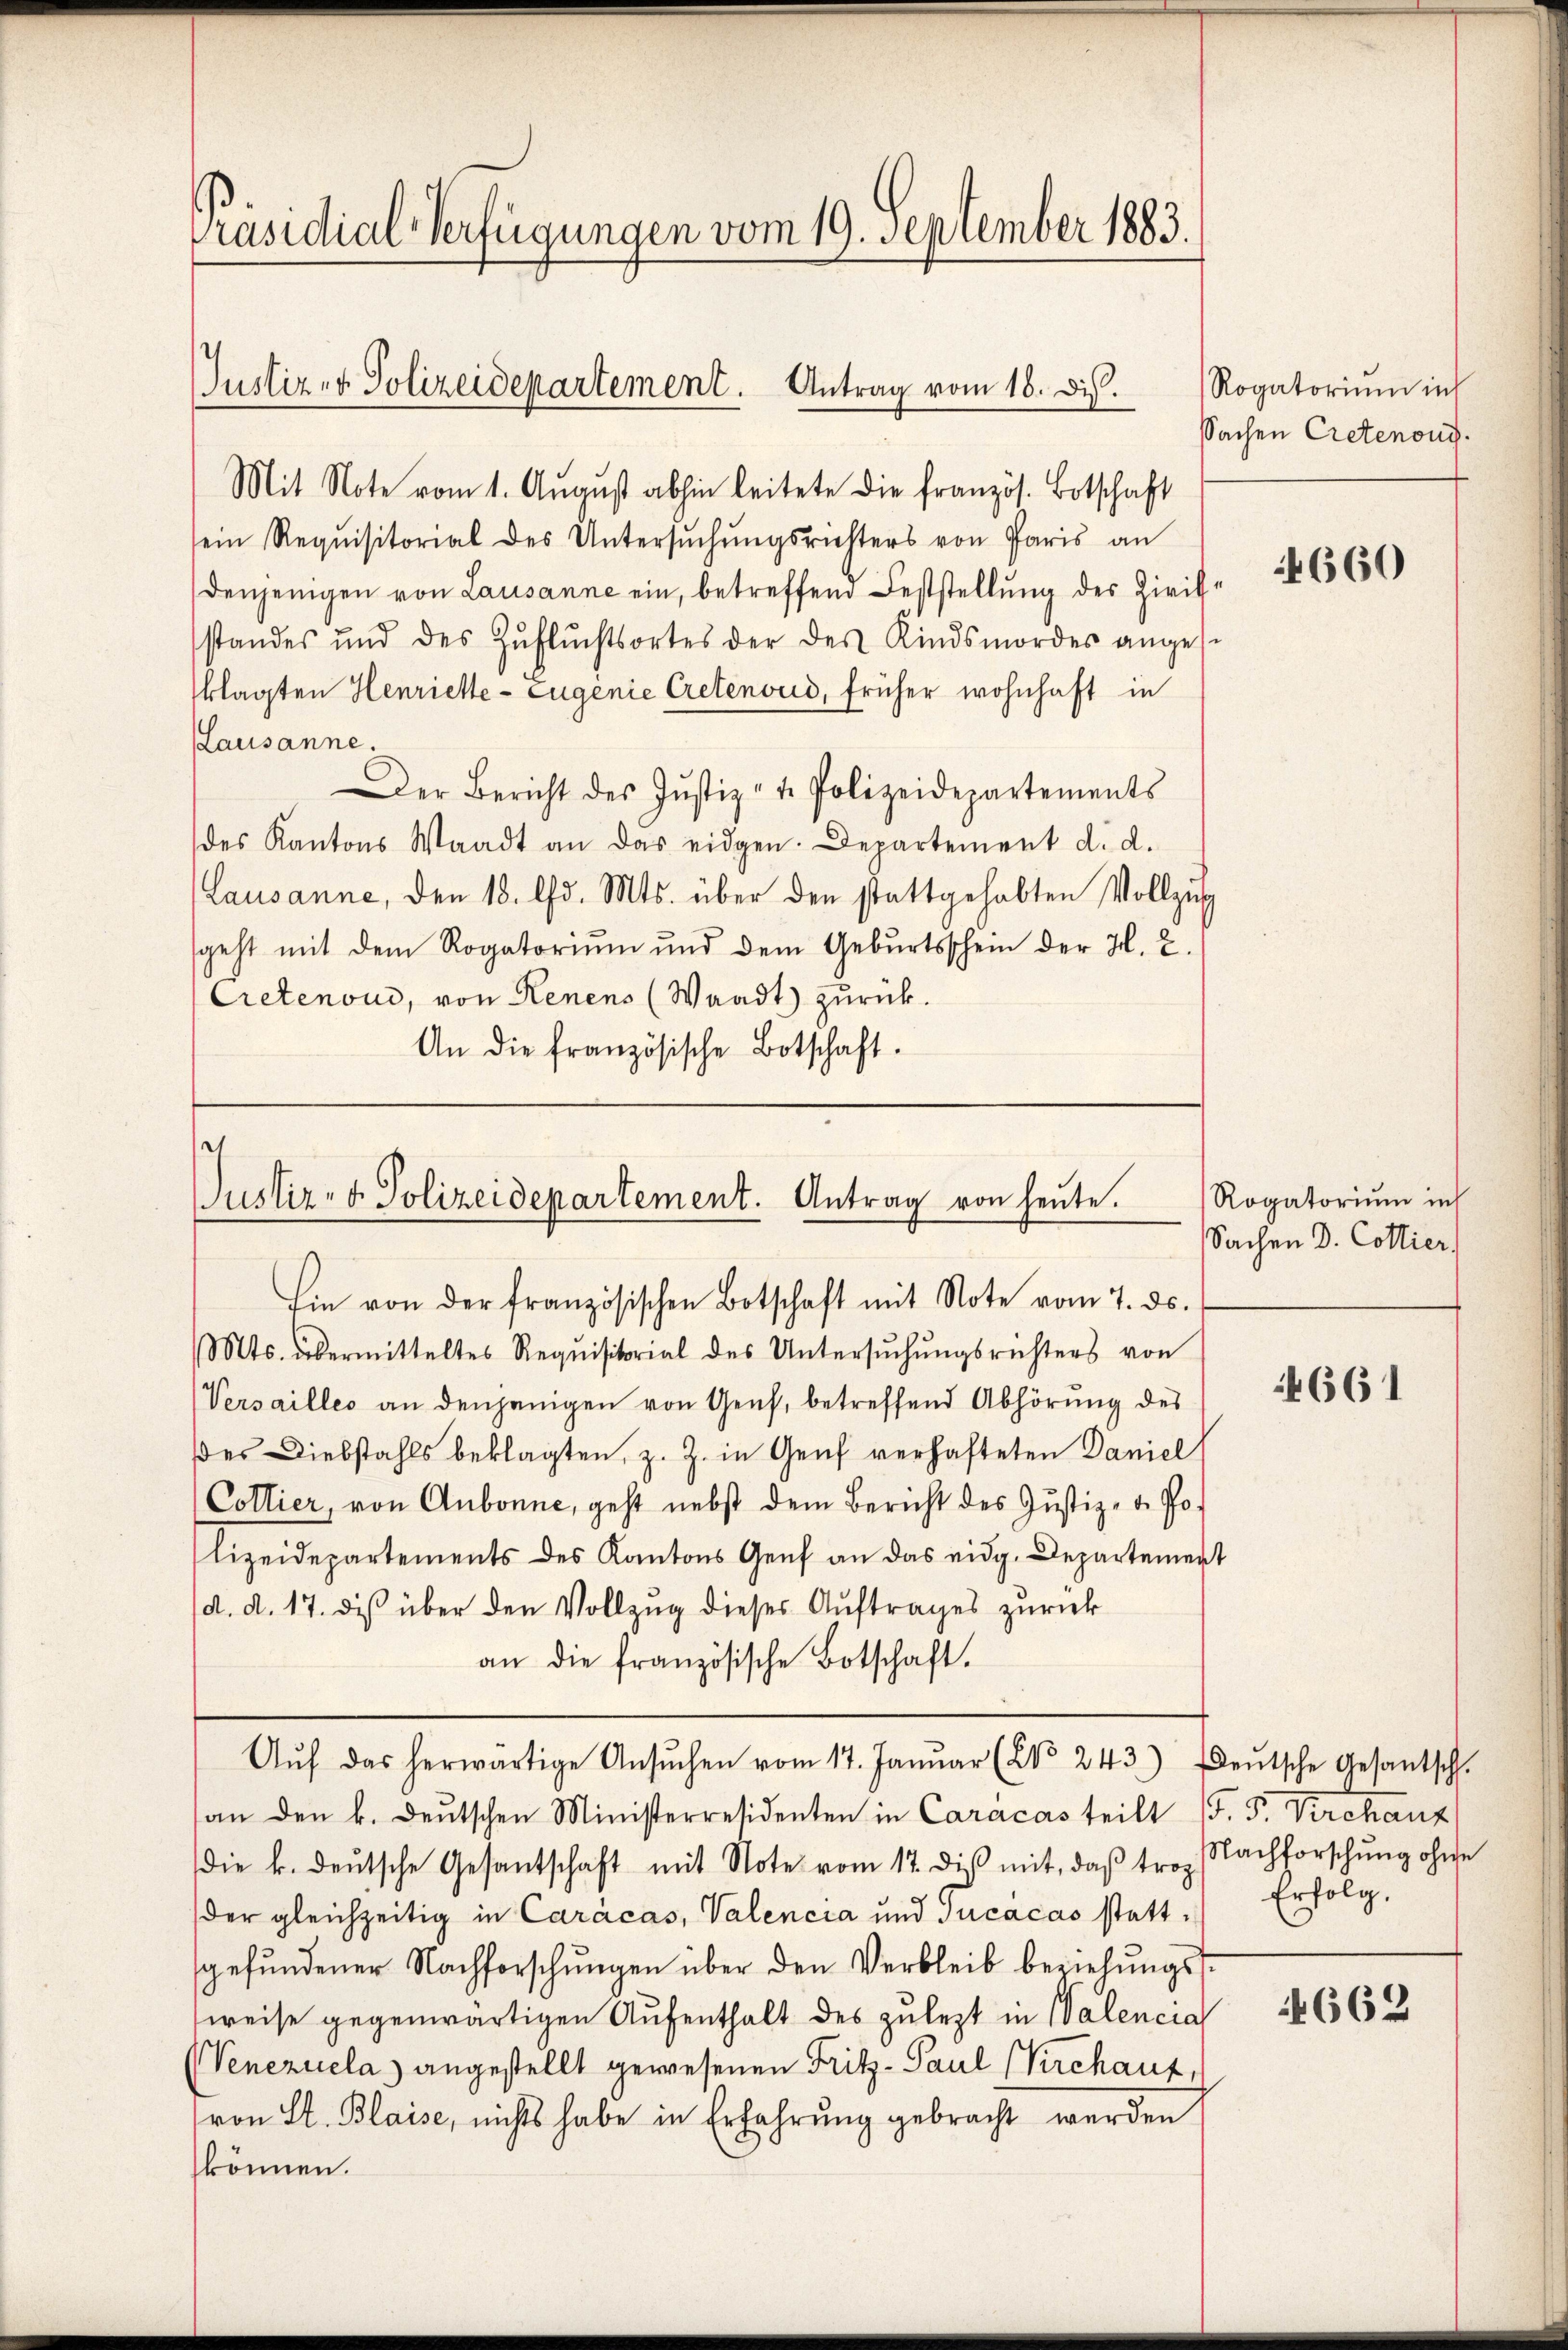
Präsidial-Verfügungen vom 19. September 1883.

Justiz- & Polizeidepartement. Antrag vom 18. dis.
Mit Note vom 1. August abhin leitete die französ. Botschaft

sein Requisitorial des Untersŭchŭngsrichters von Paris an
denjenigen von Lausanne ein, betreffend Feststellung des Zivilstandes und des Zŭflŭchtsortes der des Kindsmordes angese
klagten Henriette - Eugenie Cretenoud, früher wohnhaft in
Lausanne.
Der Bericht des Jŭstiz- u. Polizeidepartements
des Kantons Waadt an das eidgen. Departement d. d.
Lausanne, den 18. d. Mts. über den stattgehabten Vollzug
geht mit dem Rogatoriŭm und dem Gebŭrtsschein der H. E.
Cretenoud, von Kenens (Waadt zurück.
An die französische Botschaft.

e
Justiz- & Polizeidepartement. Antrag von heŭte.
Ein von der französischen Botschaft mit Note vom 7. ds.

Mts. übermitteltes Requisitorial des Untersŭchŭngsrichters von
Versailles an denjenigen von Genf, betreffend Abhörung des
es Diebstahls beklagten, z. Z. in Genf verhafteten Daniel
(Collier, von Aubonne, geht nebst dem Bericht des Justiz- & Polizeidepartements des Kantons Genf an das eidg. Departement
d. d. 17. dis über den Vollzug dieses Auftrages zurück
an die französische Botschaft.
Aŭf das herwärtige Ansŭchen vom 17. Janŭar (NNo. 243.) deŭtsche Gesantschl.
an den k. deŭtschen Ministerresidenten in Caracas teilt (s. S. Virchanz
die k. deŭtsche Gesantschaft mit Note vom 17. diβ mit, daβ trop Nachforschŭng ohne
der gleichzeitig in Carácas, Valencia und Jucacas stattgefundener Nachforschungen über den Verbleib beziehungssweise gegenwärtigen Aufenthalt des zulezt in Walencia
(Venezuela) angestellt gewesenen Fritz- Paul (Kirchaut,
von St. Blaise, nichts habe in Erfahrung gebracht werden
können.

Rogatorium in
Sachen Cretenoni

4660

Rogatorium in
Sachen D. Cottier

4661

Erfolg.

662